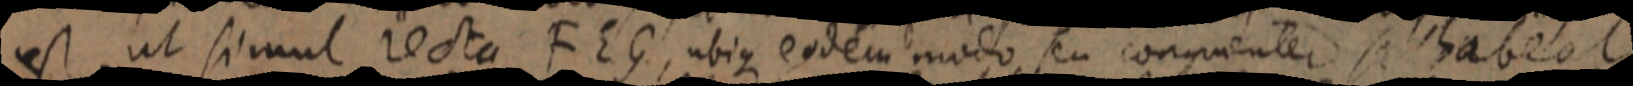
est ut simul recta FEG, ubique eodem modo seu conguenter se habeat